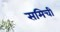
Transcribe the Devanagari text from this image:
समिची